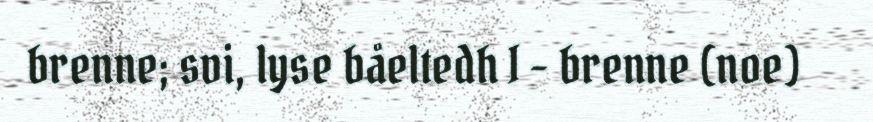
brenne; svi, lyse båeltedh I - brenne (noe)